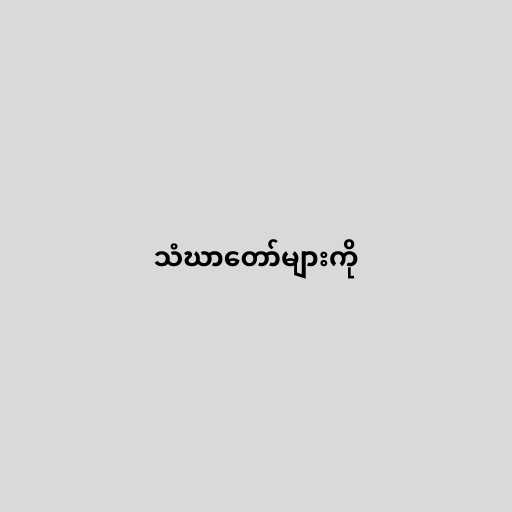
သံဃာတော်များကို